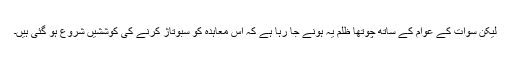
لیکن سوات کے عوام کے ساتھ چوتھا ظلم یہ ہونے جا رہا ہے کہ اس معاہدہ کو سبوتاژ کرنے کی کوششیں شروع ہو گئی ہیں۔